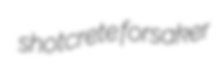
shotcrete forsaker